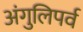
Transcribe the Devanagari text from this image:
अंगुलिपर्व